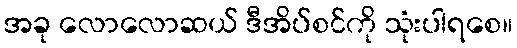
အခု လောလောဆယ် ဒီအိပ်စင်ကို သုံးပါရစေ။